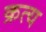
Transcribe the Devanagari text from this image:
क्रत्य